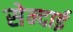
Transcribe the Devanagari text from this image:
सेन्दाई